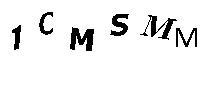
1CMSMM